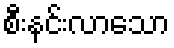
စီးနင်းလာသော